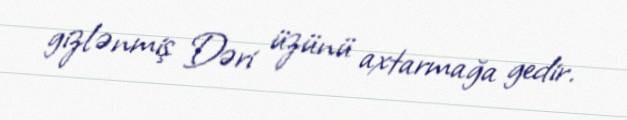
gizlənmiş Dəri üzünü axtarmağa gedir.